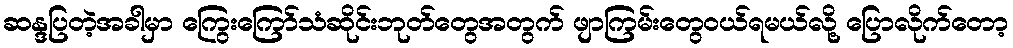
ဆန္ဒပြတဲ့အခါမှာ ကြွေးကြော်သံဆိုင်းဘုတ်တွေအတွက် ဖျာကြမ်းတွေဝယ်ရမယ်လို့ ပြောလိုက်တော့